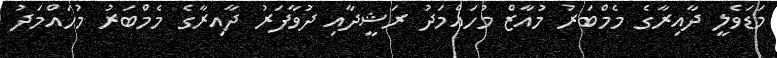
މަޑަވެލީ ދާއިރާގެ މެމްބަރު މުއާޒް މުހައްމަދު ރަޝީދާއި ދުވާފަރު ދާއިރާގެ މެމްބަރު މުހައްމަދު